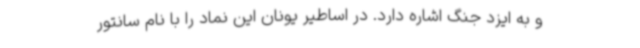
و به ایزد جنگ اشاره دارد. در اساطیر یونان این نماد را با نام سانتور